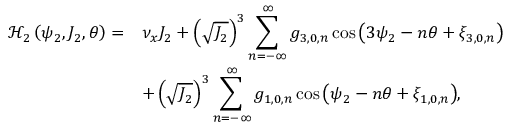
\begin{array} { c l } { \mathcal { H } _ { 2 } \left( \psi _ { 2 } , J _ { 2 } , \theta \right) = } & { \nu _ { x } J _ { 2 } + \left( \sqrt { J _ { 2 } } \right) ^ { 3 } \displaystyle \sum _ { n = - \infty } ^ { \infty } { g _ { 3 , 0 , n } \cos { \left( 3 \psi _ { 2 } - n \theta + \xi _ { 3 , 0 , n } \right) } } } \\ & { + \left( \sqrt { J _ { 2 } } \right) ^ { 3 } \displaystyle \sum _ { n = - \infty } ^ { \infty } { g _ { 1 , 0 , n } \cos { \left( \psi _ { 2 } - n \theta + \xi _ { 1 , 0 , n } \right) } } , } \end{array}